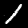
Digit: 1